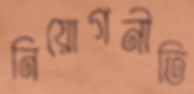
নিয়োগনীতি